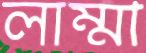
লাম্মী